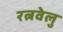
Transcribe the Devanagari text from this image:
रत्नवेलु